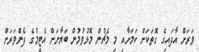
ވަރަށް އާދައިގެ ގޮތަކަށް ކަމަށާއި މި މެޗުން މޮޅުވުމުން ބަޔާނަށް އެޓީމުގެ ފެންވަރަށް